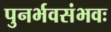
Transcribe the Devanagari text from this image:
पुनर्भवसंभवः